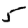
Digit: 5